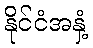
နိုင်ငံအနှံ့